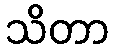
သိတာ